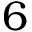
6